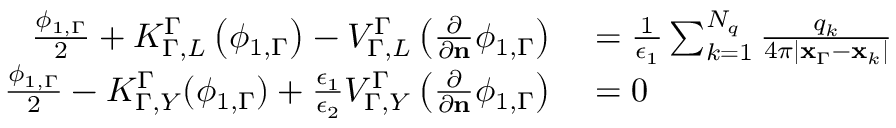
\begin{array} { r l } { \frac { \phi _ { 1 , \Gamma } } { 2 } + K _ { \Gamma , L } ^ { \Gamma } \left( \phi _ { 1 , \Gamma } \right) - V _ { \Gamma , L } ^ { \Gamma } \left( \frac { \partial } { \partial \mathbf { n } } \phi _ { 1 , \Gamma } \right) } & { { } = \frac { 1 } { \epsilon _ { 1 } } \sum _ { k = 1 } ^ { N _ { q } } \frac { q _ { k } } { 4 \pi | \mathbf { x } _ { \Gamma } - \mathbf { x } _ { k } | } } \\ { \frac { \phi _ { 1 , \Gamma } } { 2 } - K _ { \Gamma , Y } ^ { \Gamma } ( \phi _ { 1 , \Gamma } ) + \frac { \epsilon _ { 1 } } { \epsilon _ { 2 } } V _ { \Gamma , Y } ^ { \Gamma } \left( \frac { \partial } { \partial \mathbf { n } } \phi _ { 1 , \Gamma } \right) } & { { } = 0 } \end{array}